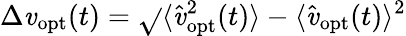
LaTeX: \Delta\mathit{v}_{\mathrm{{opt}}}(t)=\sqrt{}{{\langle\hat{{\mathit{v}}}_{\mathrm{{opt}}}^{2}(t)\rangle-\langle\hat{{\mathit{v}}}_{\mathrm{{opt}}}(t)\rangle^{2}}}